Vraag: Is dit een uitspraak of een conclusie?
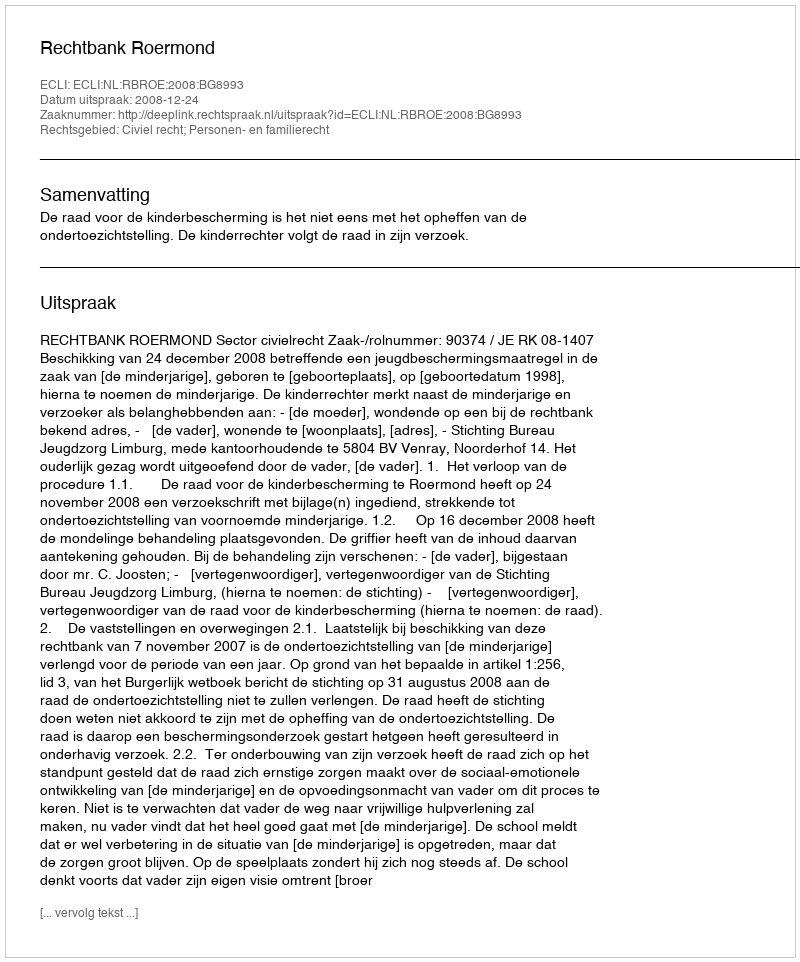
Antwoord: Uitspraak